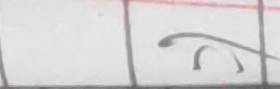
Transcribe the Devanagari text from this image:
त्यो